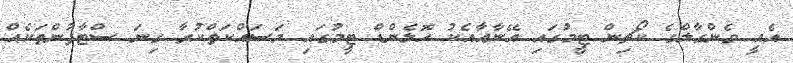
އެއީ ވެންގާލްގެ ކޯޗިން ޓީމުގައި އޭނާއާއެކު ހޮލެންޑް ޓީމުގައި މަސައްކަތްކުރާ ގިނަ ސްޓާފުންތަކެއް